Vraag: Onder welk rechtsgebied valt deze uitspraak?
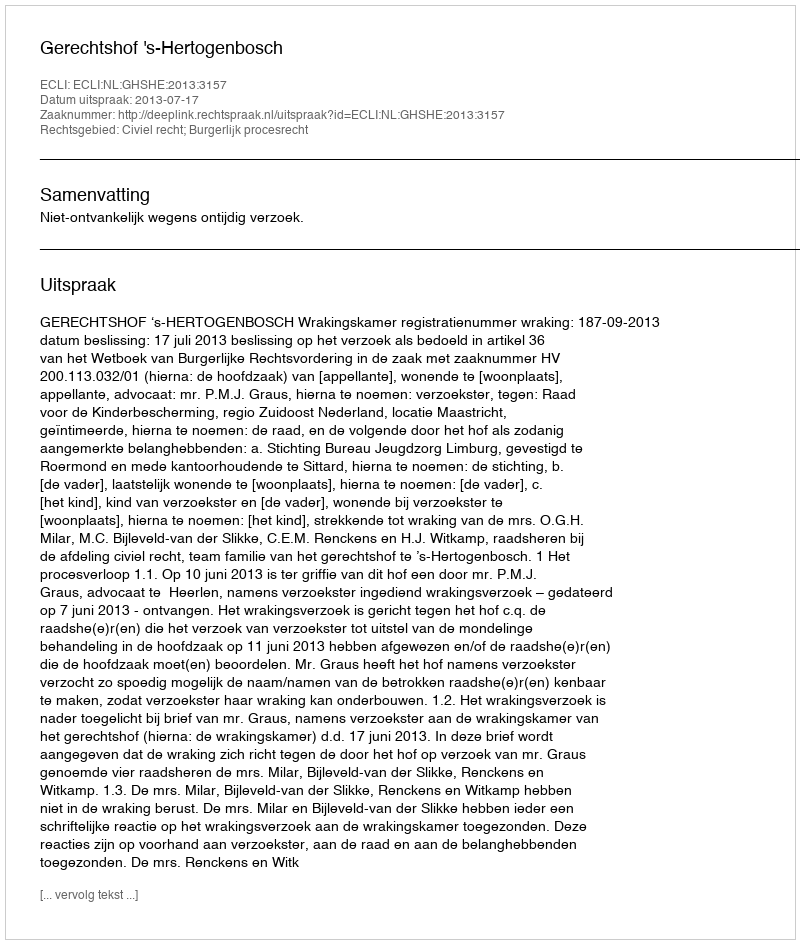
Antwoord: Civiel recht; Burgerlijk procesrecht